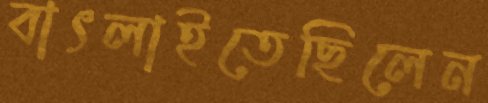
বাৎলাইতেছিলেন